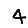
Digit: 4